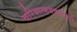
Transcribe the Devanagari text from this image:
चरित्रात्कबकांदबरी